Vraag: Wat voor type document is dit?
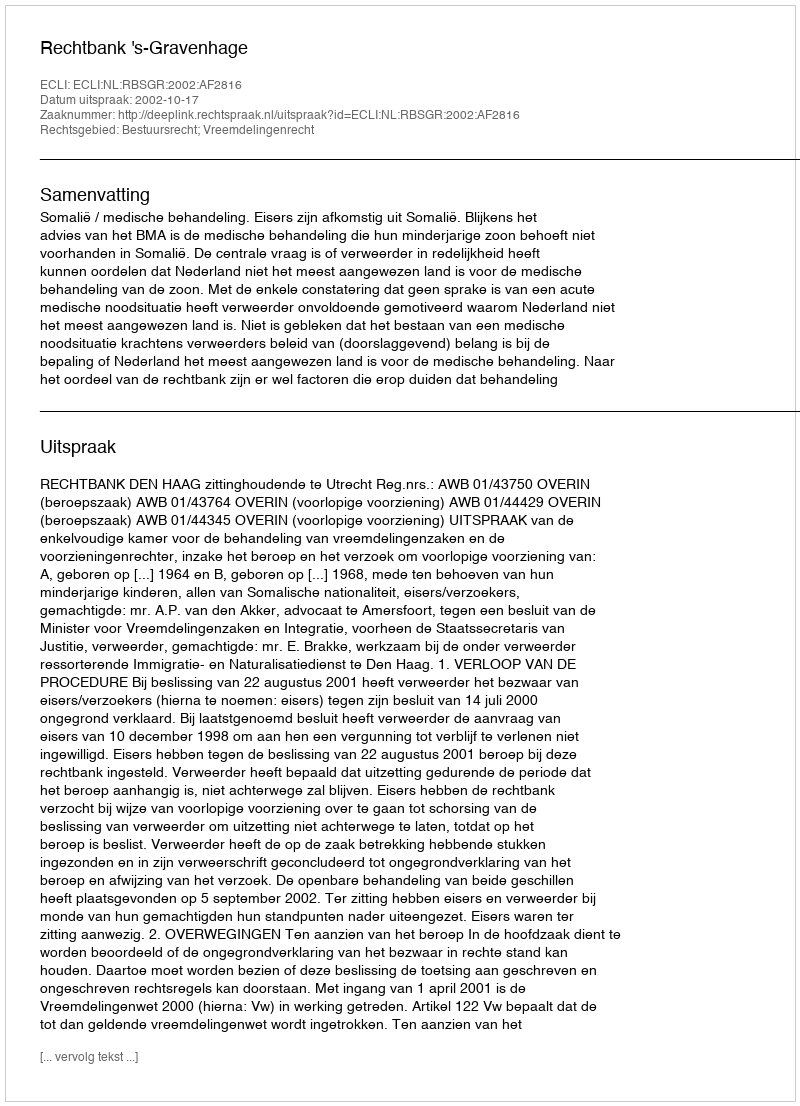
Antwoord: Uitspraak